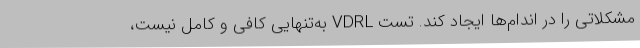
مشکلاتی را در اندام‌ها ایجاد کند. تست VDRL به‌تنهایی کافی و کامل نیست،